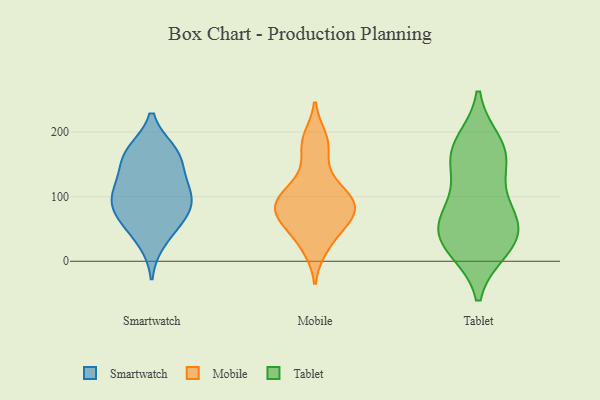
{"axis": {"x": "Satisfaction Score", "y": "Value"}, "legend": ["Mobile", "Smartwatch", "Tablet"], "data": [{"x": "", "y": 144, "type": "Smartwatch"}, {"x": "", "y": 64, "type": "Smartwatch"}, {"x": "", "y": 162, "type": "Smartwatch"}, {"x": "", "y": 109, "type": "Smartwatch"}, {"x": "", "y": 105, "type": "Smartwatch"}, {"x": "", "y": 170, "type": "Smartwatch"}, {"x": "", "y": 170, "type": "Smartwatch"}, {"x": "", "y": 90, "type": "Smartwatch"}, {"x": "", "y": 112, "type": "Smartwatch"}, {"x": "", "y": 31, "type": "Smartwatch"}, {"x": "", "y": 79, "type": "Smartwatch"}, {"x": "", "y": 64, "type": "Smartwatch"}, {"x": "", "y": 60, "type": "Mobile"}, {"x": "", "y": 97, "type": "Mobile"}, {"x": "", "y": 173, "type": "Mobile"}, {"x": "", "y": 82, "type": "Mobile"}, {"x": "", "y": 100, "type": "Mobile"}, {"x": "", "y": 49, "type": "Mobile"}, {"x": "", "y": 88, "type": "Mobile"}, {"x": "", "y": 20, "type": "Mobile"}, {"x": "", "y": 126, "type": "Mobile"}, {"x": "", "y": 73, "type": "Mobile"}, {"x": "", "y": 191, "type": "Mobile"}, {"x": "", "y": 152, "type": "Tablet"}, {"x": "", "y": 56, "type": "Tablet"}, {"x": "", "y": 165, "type": "Tablet"}, {"x": "", "y": 181, "type": "Tablet"}, {"x": "", "y": 35, "type": "Tablet"}, {"x": "", "y": 166, "type": "Tablet"}, {"x": "", "y": 46, "type": "Tablet"}, {"x": "", "y": 21, "type": "Tablet"}, {"x": "", "y": 25, "type": "Tablet"}, {"x": "", "y": 82, "type": "Tablet"}, {"x": "", "y": 82, "type": "Tablet"}]}